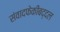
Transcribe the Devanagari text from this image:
संवादफेकीबद्दल